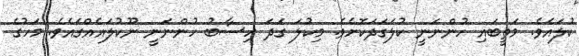
ކުލައެވެ. މަތީބައި ހުންނަނީ ކުލަގަދަކޮށެވެ. މިކުލަ ގަދަ ހިސާބު ހުންނަނީ ނޫކުލައެއްގައެވެ. މަހުގެ